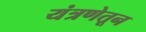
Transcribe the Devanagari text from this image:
यंत्रणेतून